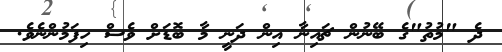
ދެ "މުތު"ގެ ބޭނުން ޗައިނާ އިން ދަނީ މާ ބޮޑަށް ވެސް ހިފަމުންނެވެ.